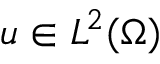
u \in L ^ { 2 } ( \Omega )